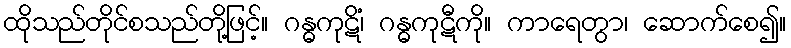
ထိုသည်တိုင်စသည်တို့ဖြင့်။ ဂန္ဓကုဋိံ၊ ဂန္ဓကုဋီကို။ ကာရေတွာ၊ ဆောက်စေ၍။